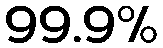
99.9%